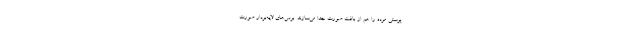
پوستی مرده را هم از بافت صورت جدا می‌سازند. برس‌های لایه‌بردار صورت